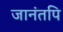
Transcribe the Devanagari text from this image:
जानंतपि